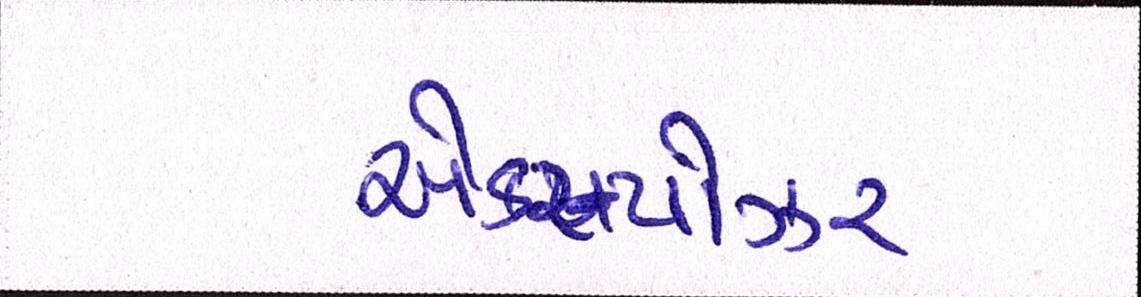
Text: એક્સ્પોઝર